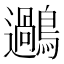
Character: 𪆹